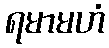
ရမာမဟံ